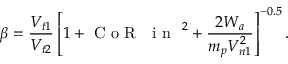
\beta = \frac { V _ { t 1 } } { V _ { t 2 } } \left[ 1 + \mathrm { ~ C ~ o ~ R ~ \textsubscript ~ { ~ i ~ n ~ } ~ } ^ { 2 } + \frac { 2 W _ { a } } { m _ { p } V _ { n 1 } ^ { 2 } } \right] ^ { - 0 . 5 } .